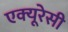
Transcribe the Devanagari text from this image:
एक्‍यूरेसी